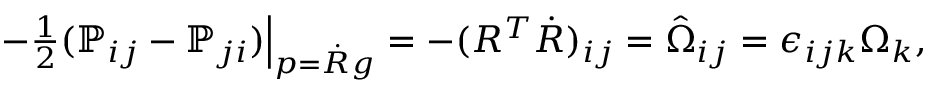
\begin{array} { r } { \left. - \frac 1 2 ( { \mathbb P } _ { i j } - { \mathbb P } _ { j i } ) \right| _ { p = \dot { R } g } = - ( R ^ { T } \dot { R } ) _ { i j } = \hat { \Omega } _ { i j } = \epsilon _ { i j k } \Omega _ { k } , } \end{array}